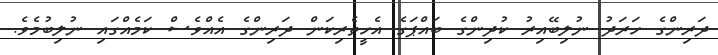
ދަރިންގެ ހަރަދު ނުލިބޭއިރު ކުދިންގެ ބައްޕަގެ އެހީތެރިކަން ދަރިންގެ އެއްވެސް ކަމެއްގައި ނުލިބުމެވެ.